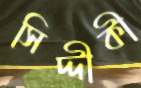
সিদ্দীকী